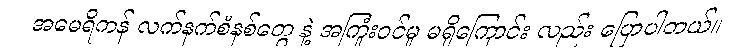
အမေရိကန် လက်နက်စံနစ်တွေ နဲ့ အကြုံးဝင်မှု မရှိကြောင်း လည်း ပြောပါတယ်။